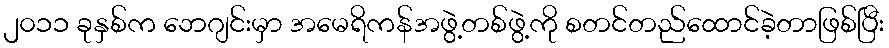
၂၀၁၁ ခုနှစ်က ဘေဂျင်းမှာ အမေရိကန်အဖွဲ့တစ်ဖွဲ့ကို စတင်တည်ထောင်ခဲ့တာဖြစ်ပြီး